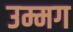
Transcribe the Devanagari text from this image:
उम्मग